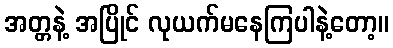
အတ္တနဲ့ အပြိုင် လုယက်မနေကြပါနဲ့တော့။